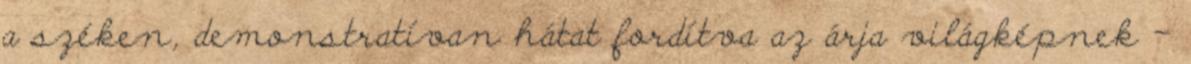
a széken, demonstratívan hátat fordítva az árja világképnek –